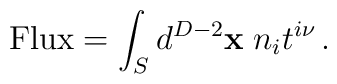
{\rm Flux}=\int_{S} d^{D-2}{\bf x} \;n_i t^{i \nu} \,.